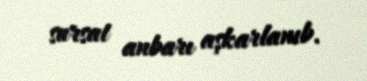
sursat anbarı aşkarlanıb.